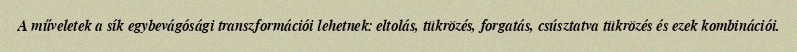
A műveletek a sík egybevágósági transzformációi lehetnek: eltolás, tükrözés, forgatás, csúsztatva tükrözés és ezek kombinációi.